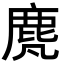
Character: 䴟